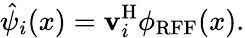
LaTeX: \hat{\psi}_{i}(x)=\mathbf{v}_{i}^{\mathrm{H}}\phi_{\mathrm{RFF}}(x).